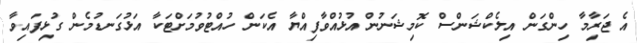
އެ ޖަރާިމާ ހިންގަން އިލެކްޝަންސް ކޮމިޝަނުން އުޅުއްވާފިއްޔާ އެކަން ހުއްޓުވުމަށްޓަކާ އަޅުގަނޑުމެން ގުޅިފައިވާ